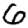
Digit: 6